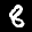
Label: 8